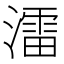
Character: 㵢